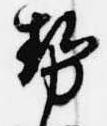
勢